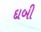
દાબી